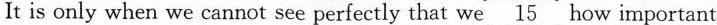
It is only when we cannot see perfectly that we \underline{15} how important